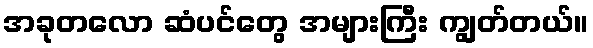
အခုတလော ဆံပင်တွေ အများကြီး ကျွတ်တယ်။